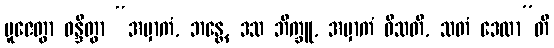
ပူဇေတွာ ဝန္ဒိတွာ “အမှာကံ, ဘန္တေ, ဒသ ဘိက္ခူ, အမှာကံ ဝီသတိ, သတံ ဒေထာ”တိ